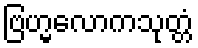
ဗြဟ္မလောကသုတ္တံ